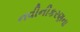
નવીનીકરણના